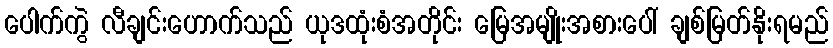
ပေါက်ကွဲ လီချင်းဟောက်သည် ယုဒထုံးစံအတိုင်း မြေအမျိုးအစားပေါ် ချစ်မြတ်နိုးရမည်